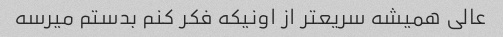
عالی همیشه سریعتر از اونیکه فکر کنم بدستم میرسه